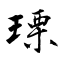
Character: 瑮